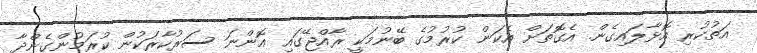
އަތުކުރި އޮޅާލައިގެން. އެގޮތަށް އެކަން ކުރުމުގެ ބޭނުމަކީ ރާއްޖޭގައި އޮންނަ ސަރުކާރަކުން ކުރަމުންގެންދާ